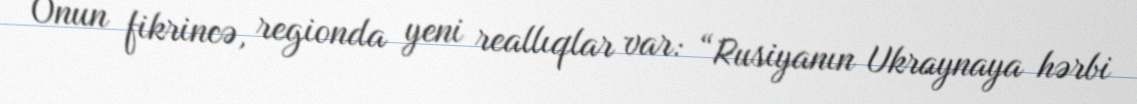
Onun fikrincə, regionda yeni reallıqlar var: “Rusiyanın Ukraynaya hərbi